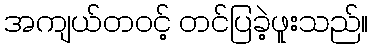
အကျယ်တဝင့် တင်ပြခဲ့ဖူးသည်။